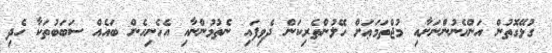
ގުޅޭގޮތުން އަންހެނުންނަށާއި މުޖްތަމަޢަށް ހޭލުންތެރިކަން ދެވިފައި ނެތުމުންނާއި އެހެނިހެން ބައެއް ސަބަބުތަކާ ހެދި